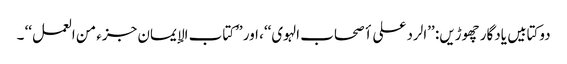
دوکتابیں یادگار چھوڑیں: ’’الرد علی أصحاب الہوی‘‘، اور ’’کتاب الإیمان جزء من العمل‘‘ ۔